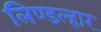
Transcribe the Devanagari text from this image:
लिण्डल्हार